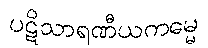
ပဋိသာရဏီယကမ္မေ